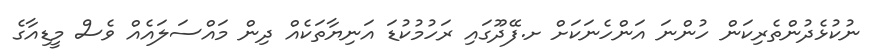
ނުކުޅެދުންތެރިކަން ހުންނަ އަންހެނަކަށް ށ.ފޭދޫގައި ރަހުމުކުޑަ އަނިޔާތަކެއް ދިން މައްސަލައެއް ވެސް މީޑިއާގެ